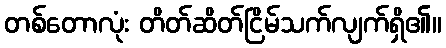
တစ်တောလုံး တိတ်ဆိတ်ငြိမ်သက်လျက်ရှိ၏။